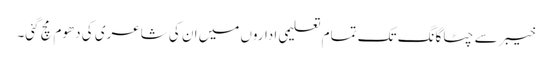
خیبر سے چٹاگانگ تک تمام تعلیمی اداروں میں ان کی شاعری کی دھوم مچ گئی۔